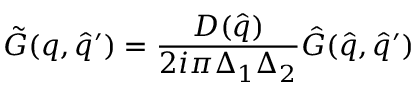
{ \tilde { G } } ( q , { \hat { q } } ^ { \prime } ) = \frac { D ( { \hat { q } } ) } { 2 i \pi \Delta _ { 1 } \Delta _ { 2 } } { \hat { G } } ( { \hat { q } } , { \hat { q } } ^ { \prime } )